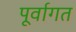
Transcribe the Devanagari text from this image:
पूर्वागत